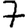
Digit: 7